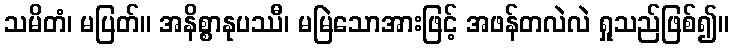
သမိတံ၊ မပြတ်။ အနိစ္စာနုပဿီ၊ မမြဲသောအားဖြင့် အဖန်တလဲလဲ ရှုသည်ဖြစ်၍။